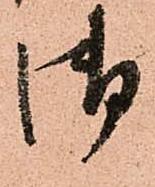
御